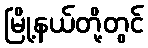
မြို့နယ်တို့တွင်